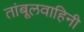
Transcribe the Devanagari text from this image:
तांबूलवाहिनी